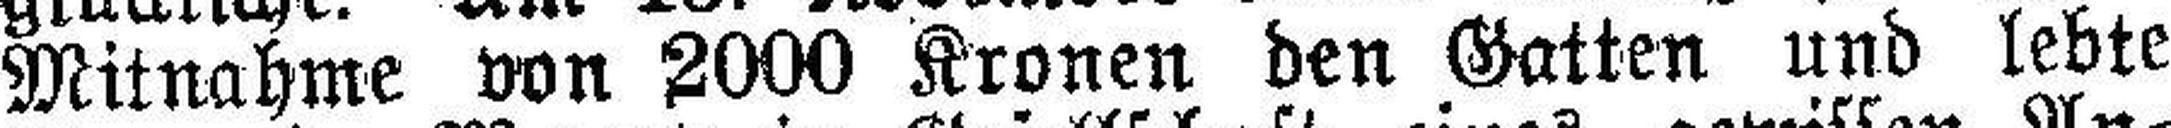
Mitnahme von 2000 Kronen den Gatten und lebte